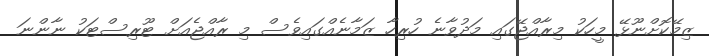
ޒިމޭކޮށްނޫޅޭ މީހަކު މިރާއްޖޭގައި މަދުވާނެ ހުރިހާ ޒަމާނެއްގައިވެސް މި ރާއްޖެއަށް ޓޫރިސްޓަކު ނާންނަ